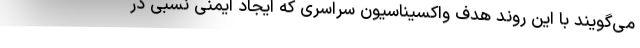
می‌گویند با این روند هدف واکسیناسیون سراسری که ایجاد ایمنی نسبی در